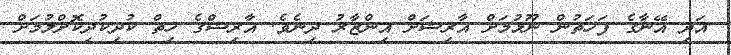
އަދި އޭނާގެ ފަހަތުން ނޫޅުމަށް އާރިޝަށް އިންޒާރު ދިނެވެ. އާރިޝްގެ ހިތް ކުދިކުދިކޮށްލުމަށް